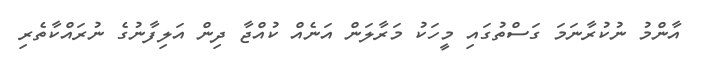
އާންމު ނުކުރާނަމަ ގަސްތުގައި މީހަކު މަރާލަން އަނެއް ކުއްޖާ ދިން އަލިފާނުގެ ނުރައްކާތެރި